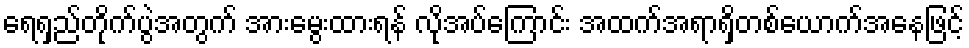
ရေရှည်တိုက်ပွဲအတွက် အားမွေးထားရန် လိုအပ်ကြောင်း အထက်အရာရှိတစ်ယောက်အနေဖြင့်